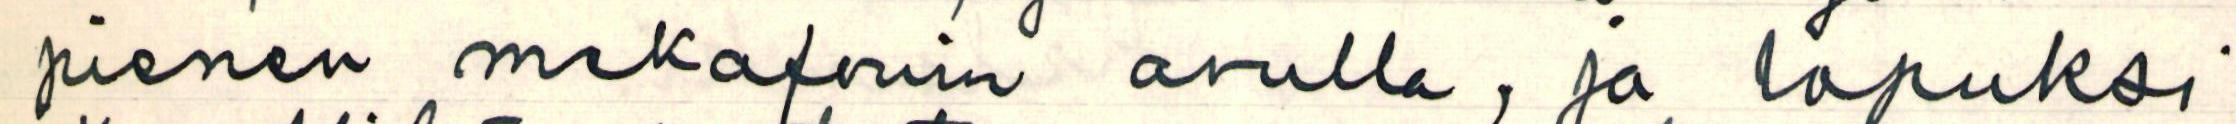
pienen mekafonin avulla, ja lopuksi